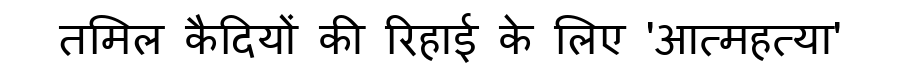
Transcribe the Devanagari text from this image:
तमिल कैदियों की रिहाई के लिए 'आत्महत्या'